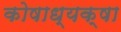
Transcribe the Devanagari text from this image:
कोषाध्यक्षा